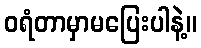
ဝရံတာမှာမပြေးပါနဲ့။